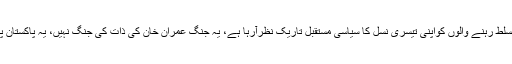
فردوس عاشق اعوان نے دھرنےوالوں کو نشانےپر رکھ لیا، کہا دہائیوں سے قوم پر مسلط رہنے والوں کواپنی تیسری نسل کا سیاسی مستقبل تاریک نظرآرہا ہے، یہ جنگ عمران خان کی ذات کی جنگ نہیں، یہ پاکستان پر مسلسل حکومت کرنے والے مافیا اور 22کروڑ عوام کی جنگ ہے، مولاناصاحب!